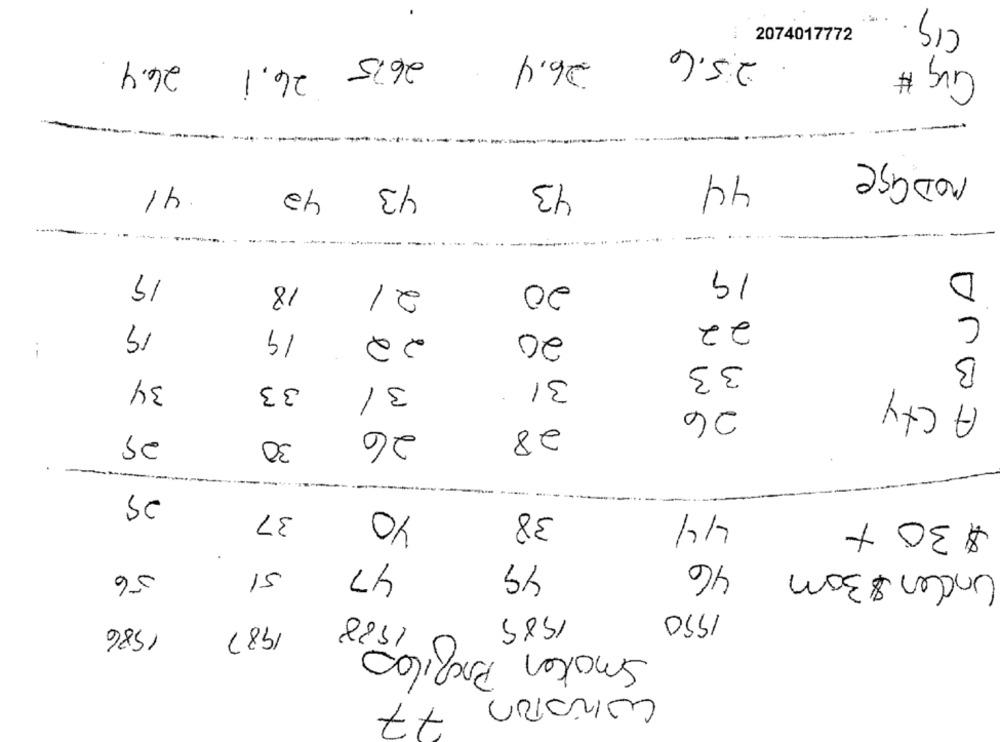
CIq
2074017772
25.6 26.4
26.75 26.1 26.4
Give #
NODage
44
41
42
43
43
19
19
D
20
18
21
C
19
22
19
22
20
33
B
31
34
33
3/
Acty
26
25
28
30
26
YO
38
s
37
44
$ 30 +
47
49
46
SI
Under $ 30m
56
1988
1950
1985
1586
1987
Smaken Profilas
77